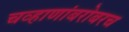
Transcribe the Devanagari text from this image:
चव्हाणांबरोबरच